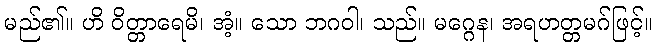
မည်၏။ ဟိ ဝိတ္တာရေမိ၊ အံ့။ သော ဘဂဝါ၊ သည်။ မဂ္ဂေန၊ အရဟတ္တမဂ်ဖြင့်။